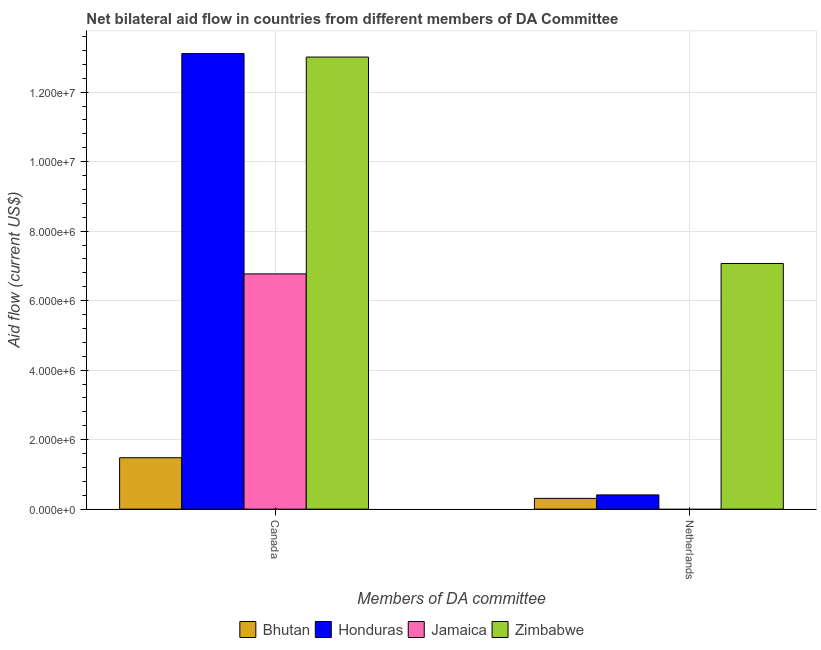
| Members of DA committee | Bhutan | Honduras | Jamaica | Zimbabwe |
 | --- | --- | --- | --- | --- |
 | Canada | 1.48e+06 | 1.31e+07 | 6.77e+06 | 1.3e+07 |
 | Netherlands | 3.1e+05 | 4.1e+05 | -5.25e+06 | 7.07e+06 |